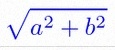
\sqrt{a^2+b^2}